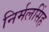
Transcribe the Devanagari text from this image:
निर्मलसिंह